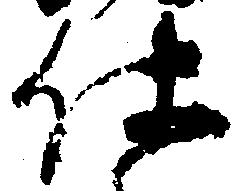
仕